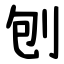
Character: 刨